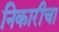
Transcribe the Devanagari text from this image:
निकारीचा